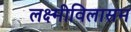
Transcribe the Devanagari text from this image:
लक्ष्मीविलासम